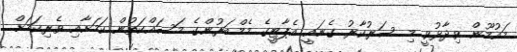
މައުމޫން ވިދާޅުވީ މި ސަރުކާރު ގެނައީ އެޕާޓީގެ މެމްބަރުންގެ މަސައްކަތުން ކަމަށާއި ވެރިކަމަށް